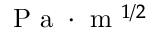
\textrm { P a } \cdot \textrm { m } ^ { 1 / 2 }